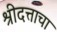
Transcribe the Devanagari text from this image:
श्रीदत्ताचा